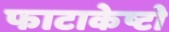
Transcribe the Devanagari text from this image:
फाटाकेष्टो